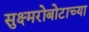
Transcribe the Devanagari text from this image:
सुक्ष्मरोबोटाच्या